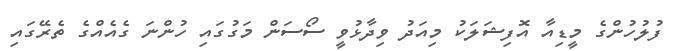
ފުލުހުންގެ މީޑިއާ އޮފިޝަލަކު މިއަދު ވިދާޅުވީ ސޯސަން މަގުގައި ހުންނަ ގެއެއްގެ ތެރޭގައި